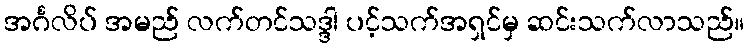
အင်္ဂလိပ် အမည် လက်တင်သဒ္ဒါ ပင့်သက်အရှင်မှ ဆင်းသက်လာသည်။